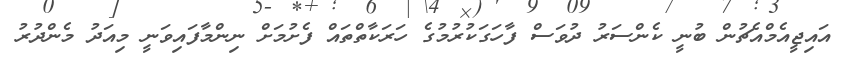
އައިޖީއެމްއެޗުން ބުނީ ކެންސަރު ދުވަސް ފާހަގަކުރުމުގެ ހަރަކާތްތައް ފެށުމަށް ނިންމާފައިވަނީ މިއަދު މެންދުރު